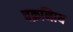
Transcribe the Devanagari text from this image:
चक्रनािय